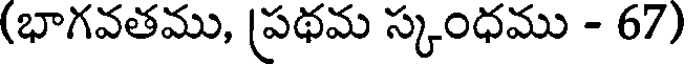
(భాగవతము, ప్రథమ స్కంధము - 67)